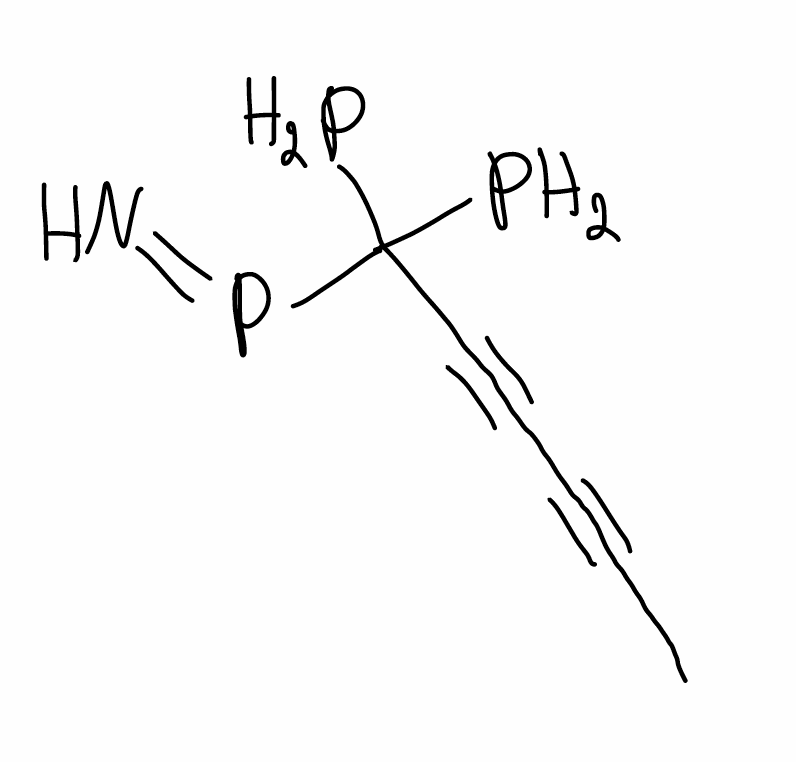
Simplified molecular-input line-entry system (SMILES) notation of the given molecule:
CC#CC#CC(P)(P)P=N